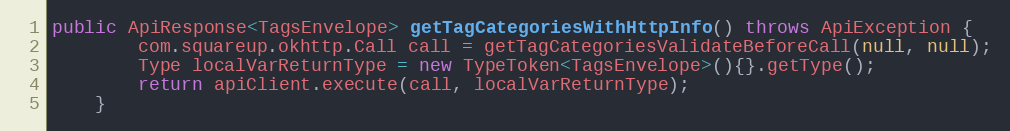
Language: Java
public ApiResponse<TagsEnvelope> getTagCategoriesWithHttpInfo() throws ApiException {
        com.squareup.okhttp.Call call = getTagCategoriesValidateBeforeCall(null, null);
        Type localVarReturnType = new TypeToken<TagsEnvelope>(){}.getType();
        return apiClient.execute(call, localVarReturnType);
    }